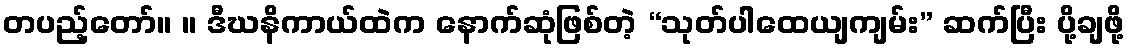
တပည့်တော်။ ။ ဒီဃနိကာယ်ထဲက နောက်ဆုံဖြစ်တဲ့ “သုတ်ပါထေယျကျမ်း” ဆက်ပြီး ပို့ချဖို့